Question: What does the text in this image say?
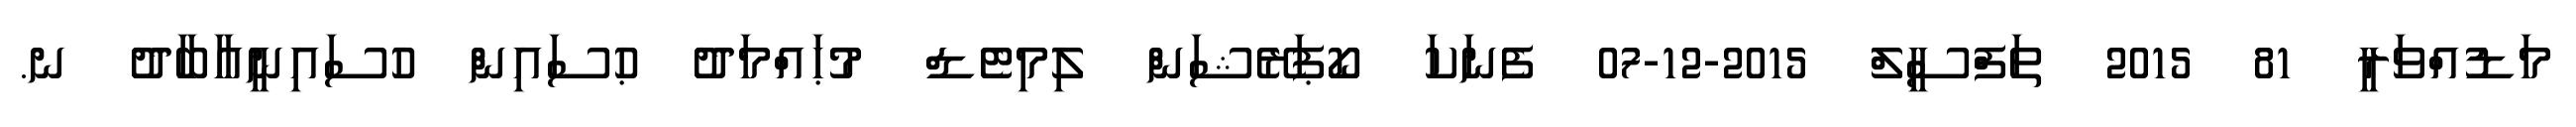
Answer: މަޑުއްވަރީ 81 2015 ތަފްސީލް 2015-12-07 ފެނަކަ ކޯޕަރޭޝަން ލިމިޓެޑް މުޙައްމަދު ޙުސައިން ހުސައިނީއާބާދު ނ.